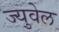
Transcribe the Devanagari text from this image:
ज्युवेल